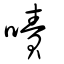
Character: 嘖